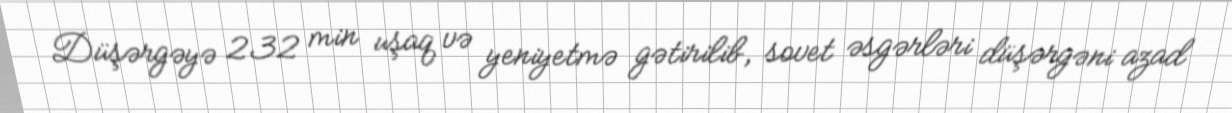
Düşərgəyə 232 min uşaq və yeniyetmə gətirilib, sovet əsgərləri düşərgəni azad